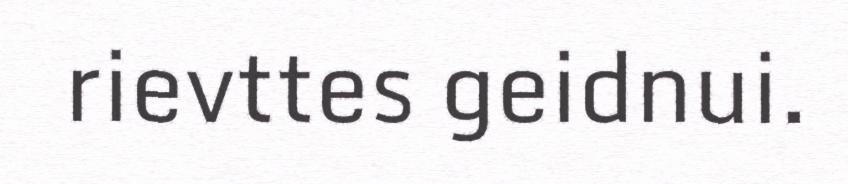
rievttes geidnui.